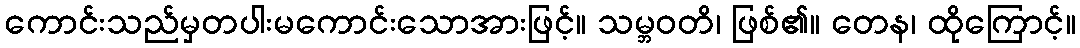
ကောင်းသည်မှတပါးမကောင်းသောအားဖြင့်။ သမ္ဘဝတိ၊ ဖြစ်၏။ တေန၊ ထိုကြောင့်။